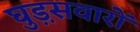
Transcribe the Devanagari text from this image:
घुड़़सवारों